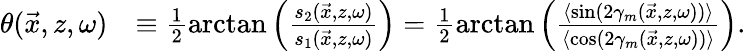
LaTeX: \begin{array}{rl}{\theta(\vec{x},z,\omega)}&{\equiv\frac{1}{2}\arctan\left(\frac{s_{2}(\vec{x},z,\omega)}{s_{1}(\vec{x},z,\omega)}\right)=\frac{1}{2}\arctan\left(\frac{\langle\sin(2\gamma_{m}(\vec{x},z,\omega))\rangle}{\langle\cos(2\gamma_{m}(\vec{x},z,\omega))\rangle}\right).}\end{array}